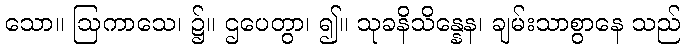
သော။ ဩကာသေ၊ ၌။ ဌပေတွာ၊ ၍။ သုခနိသိန္နေန၊ ချမ်းသာစွာနေ သည်